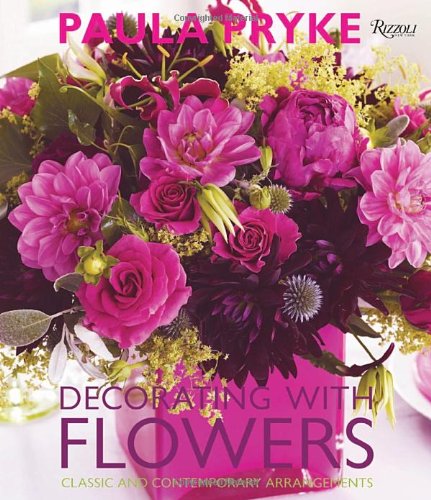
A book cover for Decorating with Flowers: Classic and Contemporary Arrangements; Paula Pryke; Crafts, Hobbies & Home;